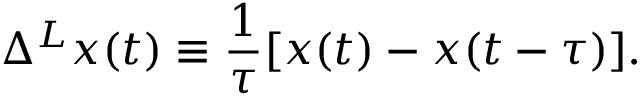
\Delta ^ { L } x ( t ) \equiv \frac { 1 } { \tau } [ x ( t ) - x ( t - \tau ) ] .